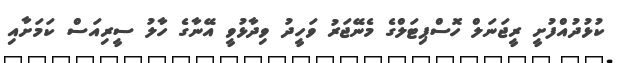
ކުޅުދުއްފުށީ ރީޖަނަލް ހޮސްޕިޓަލްގެ މެނޭޖަރު ވަހީދު ވިދާޅުވީ އޭނާގެ ހާލު ސީރިއަސް ކަމަށާއި